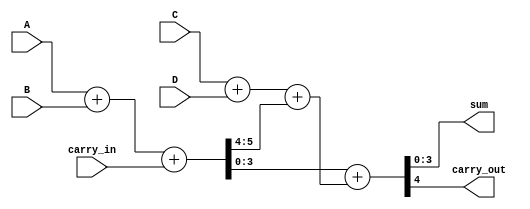
module ModifiedCarrySaveAdder #(
    parameter BIT_WIDTH = 4,
    parameter NUM_OPERANDS = 3 // Number of operands (A, B, C)
)(
    input [BIT_WIDTH-1:0] A,
    input [BIT_WIDTH-1:0] B,
    input [BIT_WIDTH-1:0] C,
    input [BIT_WIDTH-1:0] D, // Additional operand (optional)
    input carry_in,
    output [BIT_WIDTH-1:0] sum,
    output carry_out
);

    wire [BIT_WIDTH-1:0] partial_sum1, partial_sum2;
    wire [BIT_WIDTH-1:0] carry1, carry2;

    // Generate first level of partial sums and carries
    assign {carry1, partial_sum1} = A + B + carry_in; // Add A and B with carry_in
    assign {carry2, partial_sum2} = C + D + carry1; // Add C and D with carry1

    // Final carry propagation to compute the final sum and carry_out
    assign {carry_out, sum} = partial_sum1 + partial_sum2;

endmodule